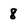
Character: 8